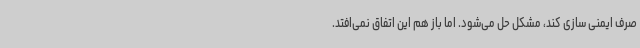
صرف ایمنی سازی کند، مشکل حل می‌شود. اما باز هم این اتفاق نمی‌افتد.